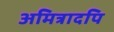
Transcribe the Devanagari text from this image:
अमित्रादपि